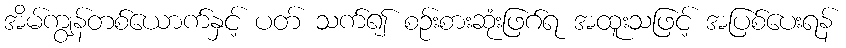
အိမ်ကျွန်တစ်ယောက်နှင့် ပတ် သက်၍ စဉ်းစားဆုံးဖြဂ်ရ အထူးသဖြင့် အပြစ်ပေးရန်